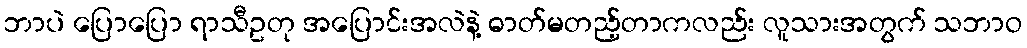
ဘာပဲ ပြောပြော ရာသီဥတု အပြောင်းအလဲနဲ့ ဓာတ်မတည့်တာကလည်း လူသားအတွက် သဘာဝ